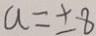
a = \pm 8